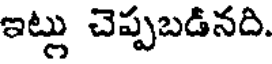
ఇట్లు చెప్పబడినది.